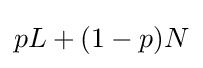
pL+(1-p)N